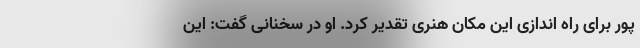
پور برای راه اندازی این مکان هنری تقدیر کرد. او در سخنانی گفت: این